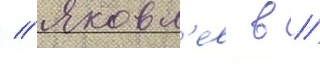
// Яковл'ев в //